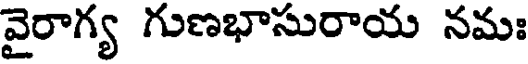
వైరాగ్య గుణభాసురాయ నమః